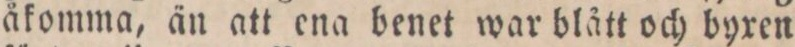
åkomma, än att ena benet war blått och byxen